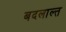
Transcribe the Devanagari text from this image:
बदलाल्त